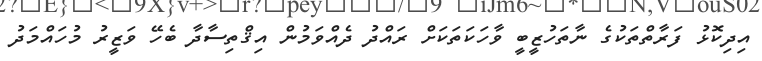
އިދިކޮޅު ފަރާތްތަކުގެ ނާތަހުޒީބީ ވާހަކަތަކަށް ރައްދު ދެއްވަމުން އިޤްތިސާދާ ބެހޭ ވަޒީރު މުހައްމަދު